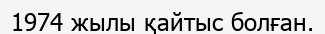
1974 жылы қайтыс болған.